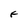
Character: F